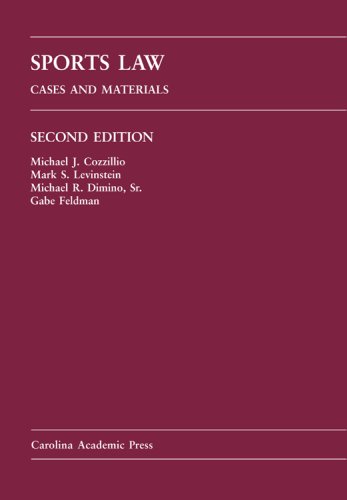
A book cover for Sports Law: Cases and Materials; Michael J. Cozzillio; Law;